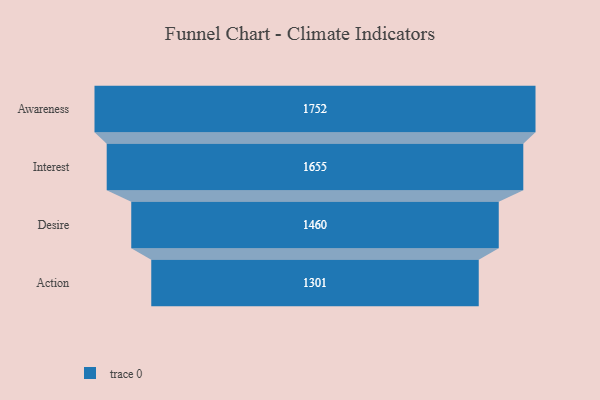
{"axis": {"x": "Stage", "y": "Value"}, "legend": [""], "data": [{"x": "Awareness", "y": 1752.0, "type": ""}, {"x": "Interest", "y": 1655.0, "type": ""}, {"x": "Desire", "y": 1460.0, "type": ""}, {"x": "Action", "y": 1301.0, "type": ""}]}